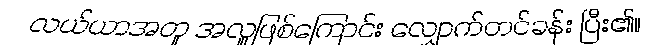
လယ်ယာအတူ အလှူဖြစ်ကြောင်း လျှောက်တင်ခန်း ပြီး၏။